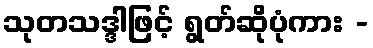
သုတသဒ္ဒါဖြင့် ရွတ်ဆိုပုံကား -